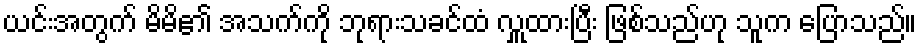
ယင်းအတွက် မိမိ၏ အသက်ကို ဘုရားသခင်ထံ လှူထားပြီး ဖြစ်သည်ဟု သူက ပြောသည်။